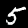
Label: 5